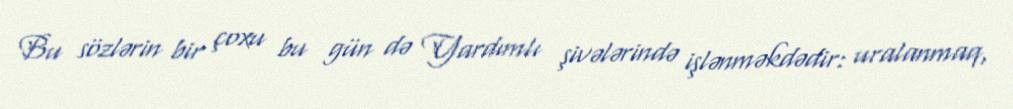
Bu sözlərin bir çoxu bu gün də Yardımlı şivələrində işlənməkdədir: uralanmaq,